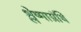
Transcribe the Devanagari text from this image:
श्लेष्माग्रंथि